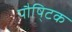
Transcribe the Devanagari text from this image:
पौषि्टक